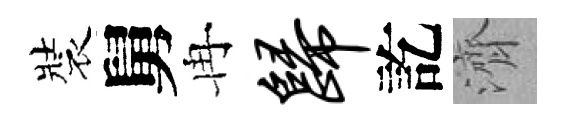
裝舅冉归訖濟